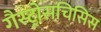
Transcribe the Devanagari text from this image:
गैस्ट्रोसचिसिस